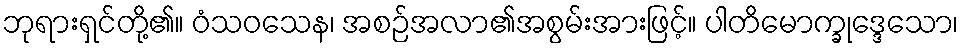
ဘုရားရှင်တို့၏။ ဝံသဝသေန၊ အစဉ်အလာ၏အစွမ်းအားဖြင့်။ ပါတိမောက္ခုဒ္ဒေသော၊